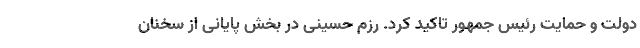
دولت و حمایت رئیس جمهور تاکید کرد. رزم حسینی در بخش پایانی از سخنان